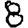
Digit: 8